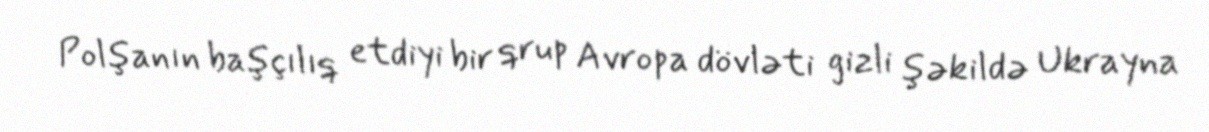
Polşanın başçılıq etdiyi bir qrup Avropa dövləti gizli şəkildə Ukrayna